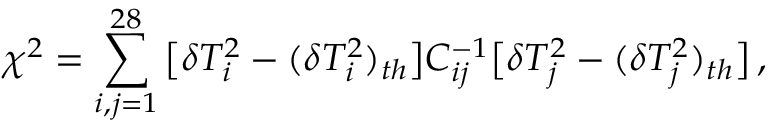
\chi ^ { 2 } = \sum _ { i , j = 1 } ^ { 2 8 } \big [ \delta T _ { i } ^ { 2 } - ( \delta T _ { i } ^ { 2 } ) _ { t h } \big ] C _ { i j } ^ { - 1 } \big [ \delta T _ { j } ^ { 2 } - ( \delta T _ { j } ^ { 2 } ) _ { t h } \big ] \, ,